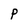
Character: P